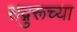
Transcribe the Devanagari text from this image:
सद्गुरूच्या